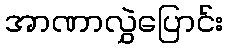
အာဏာလွှဲပြောင်း